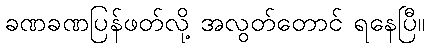
ခဏခဏပြန်ဖတ်လို့ အလွတ်တောင် ရနေပြီ။